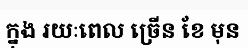
ក្នុង រយៈពេល ច្រើន ខែ មុន